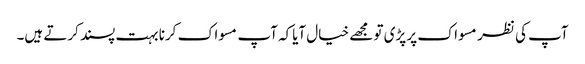
آپ کی نظر مسواک پر پڑی تو مجھے خیال آیاکہ آپ مسواک کرنا بہت پسند کرتے ہیں۔